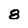
Character: 8